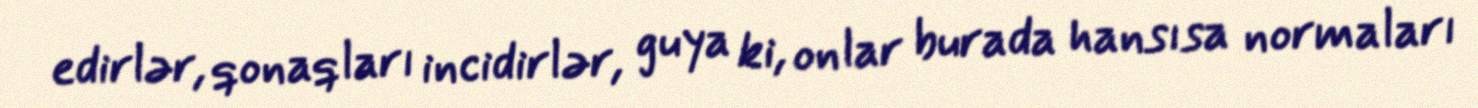
edirlər, qonaqları incidirlər, guya ki, onlar burada hansısa normaları